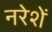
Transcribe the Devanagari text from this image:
नरेशें